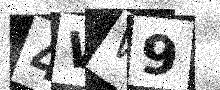
Text: 4WW9